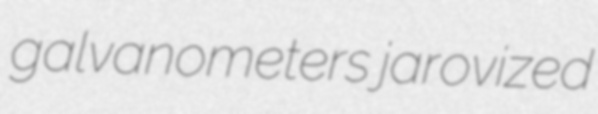
galvanometers jarovized